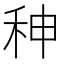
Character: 𥞁